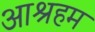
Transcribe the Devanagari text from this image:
आश्रहम